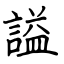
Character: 謚